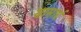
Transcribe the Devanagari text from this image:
यामार्ध